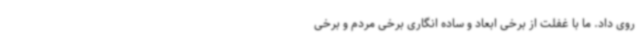
روی داد. ما با غفلت از برخی ابعاد و ساده انگاری برخی مردم و برخی